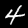
Digit: 4